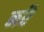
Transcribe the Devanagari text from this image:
नरै